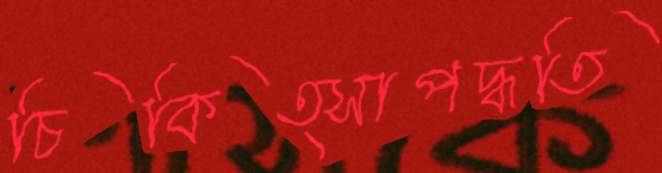
চিকিত্সাপদ্ধতি